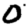
Digit: 0